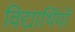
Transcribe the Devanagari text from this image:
विद्यार्थियों